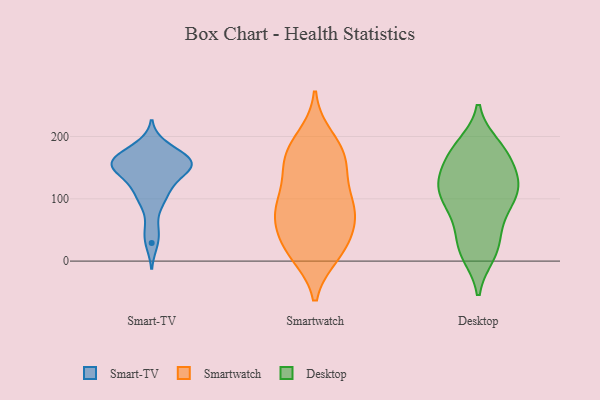
{"axis": {"x": "Active Users", "y": "Value"}, "legend": ["Desktop", "Smart-TV", "Smartwatch"], "data": [{"x": "", "y": 185, "type": "Smart-TV"}, {"x": "", "y": 154, "type": "Smart-TV"}, {"x": "", "y": 157, "type": "Smart-TV"}, {"x": "", "y": 117, "type": "Smart-TV"}, {"x": "", "y": 162, "type": "Smart-TV"}, {"x": "", "y": 29, "type": "Smart-TV"}, {"x": "", "y": 166, "type": "Smart-TV"}, {"x": "", "y": 51, "type": "Smart-TV"}, {"x": "", "y": 122, "type": "Smart-TV"}, {"x": "", "y": 177, "type": "Smart-TV"}, {"x": "", "y": 95, "type": "Smart-TV"}, {"x": "", "y": 142, "type": "Smart-TV"}, {"x": "", "y": 152, "type": "Smart-TV"}, {"x": "", "y": 150, "type": "Smart-TV"}, {"x": "", "y": 154, "type": "Smart-TV"}, {"x": "", "y": 100, "type": "Smart-TV"}, {"x": "", "y": 158, "type": "Smart-TV"}, {"x": "", "y": 96, "type": "Smartwatch"}, {"x": "", "y": 24, "type": "Smartwatch"}, {"x": "", "y": 87, "type": "Smartwatch"}, {"x": "", "y": 131, "type": "Smartwatch"}, {"x": "", "y": 65, "type": "Smartwatch"}, {"x": "", "y": 12, "type": "Smartwatch"}, {"x": "", "y": 197, "type": "Smartwatch"}, {"x": "", "y": 81, "type": "Smartwatch"}, {"x": "", "y": 19, "type": "Smartwatch"}, {"x": "", "y": 174, "type": "Smartwatch"}, {"x": "", "y": 82, "type": "Smartwatch"}, {"x": "", "y": 21, "type": "Smartwatch"}, {"x": "", "y": 151, "type": "Smartwatch"}, {"x": "", "y": 67, "type": "Smartwatch"}, {"x": "", "y": 170, "type": "Smartwatch"}, {"x": "", "y": 167, "type": "Smartwatch"}, {"x": "", "y": 124, "type": "Desktop"}, {"x": "", "y": 128, "type": "Desktop"}, {"x": "", "y": 76, "type": "Desktop"}, {"x": "", "y": 16, "type": "Desktop"}, {"x": "", "y": 127, "type": "Desktop"}, {"x": "", "y": 175, "type": "Desktop"}, {"x": "", "y": 175, "type": "Desktop"}, {"x": "", "y": 119, "type": "Desktop"}, {"x": "", "y": 108, "type": "Desktop"}, {"x": "", "y": 75, "type": "Desktop"}, {"x": "", "y": 80, "type": "Desktop"}, {"x": "", "y": 29, "type": "Desktop"}, {"x": "", "y": 121, "type": "Desktop"}, {"x": "", "y": 184, "type": "Desktop"}, {"x": "", "y": 170, "type": "Desktop"}, {"x": "", "y": 24, "type": "Desktop"}, {"x": "", "y": 12, "type": "Desktop"}, {"x": "", "y": 170, "type": "Desktop"}, {"x": "", "y": 113, "type": "Desktop"}]}